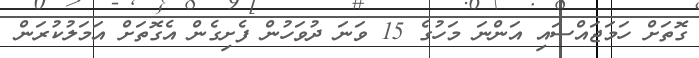
ގޮތަށް ހަމަޖައްސައި އަންނަ މަހުގެ 15 ވަނަ ދުވަހުން ފެށިގެން އެގޮތަށް އަމަލުކުރަން